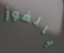
بالفوز